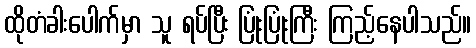
ထိုတံခါးပေါက်မှာ သူ ရပ်ပြီး ပြုံးပြုံးကြီး ကြည့်နေပါသည်။